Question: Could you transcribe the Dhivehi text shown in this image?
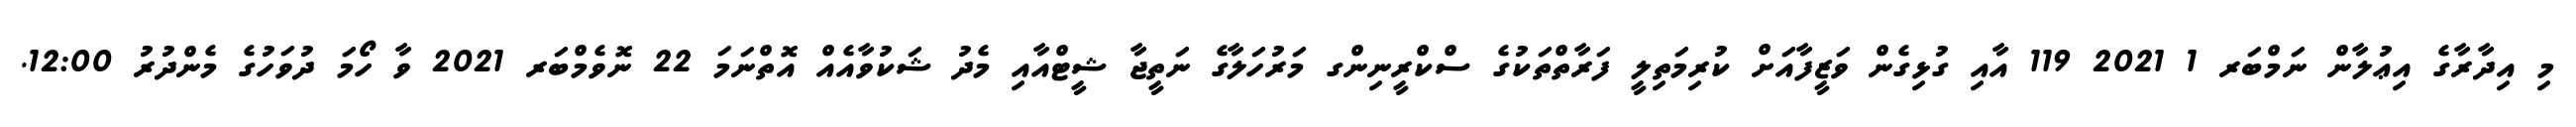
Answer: މި އިދާރާގެ އިޢުލާން ނަމްބަރ 1 2021 119 އާއި ގުޅިގެން ވަޒީފާއަށް ކުރިމަތިލީ ފަރާތްތަކުގެ ސްކްރީނިންގ މަރުހަލާގެ ނަތީޖާ ޝީޓްއާއި މެދު ޝަކުވާއެއް އޮތްނަމަ 22 ނޮވެމްބަރ 2021 ވާ ހޯމަ ދުވަހުގެ މެންދުރު 12:00.